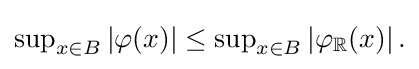
{\textstyle \sup _{x\in B}|\varphi (x)|\leq \sup _{x\in B}\left|\varphi _{\mathbb {R} }(x)\right|.}